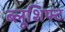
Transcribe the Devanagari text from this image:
ब्लूशिफ्ट